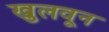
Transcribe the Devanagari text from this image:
खुलवून